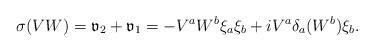
LaTeX: \begin{align*}\sigma (VW)=\mathfrak v_{2}+\mathfrak v_{1}=-V^{a}W^{b}\xi _{a}\xi _{b}+iV^{a}\delta _{a}(W^{b})\xi _{b}.\end{align*}